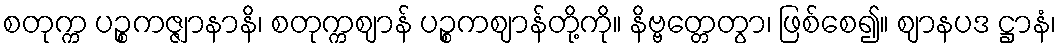
စတုက္က ပဉ္စကဇ္ဇျာနာနိ၊ စတုက္ကဈာန် ပဉ္စကဈာန်တို့ကို။ နိဗ္ဗတ္တေတွာ၊ ဖြစ်စေ၍။ ဈာနပဒ ဋ္ဌာနံ၊